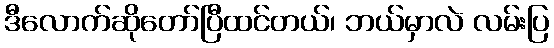
ဒီလောက်ဆိုတော်ပြီထင်တယ်၊ ဘယ်မှာလဲ လမ်းပြ